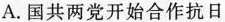
A.国共两党开始合作抗日